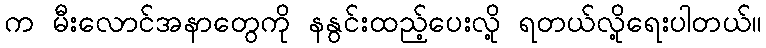
က မီးလောင်အနာတွေကို နနွင်းထည့်ပေးလို့ ရတယ်လို့ရေးပါတယ်။